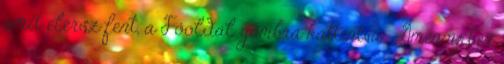
amit elérsz fent, a Főoldal gombra kattintva . Amennyiben